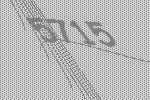
5715